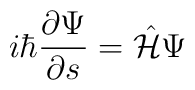
i\hbar\frac{\partial \Psi}{\partial s} =  \hat{\cal H}\Psi